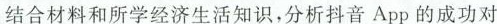
结合材料和所学经济生活知识，分析抖音App的成功对